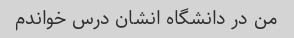
من در دانشگاه انشان درس خواندم